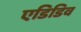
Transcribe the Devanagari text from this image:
एडिडिव